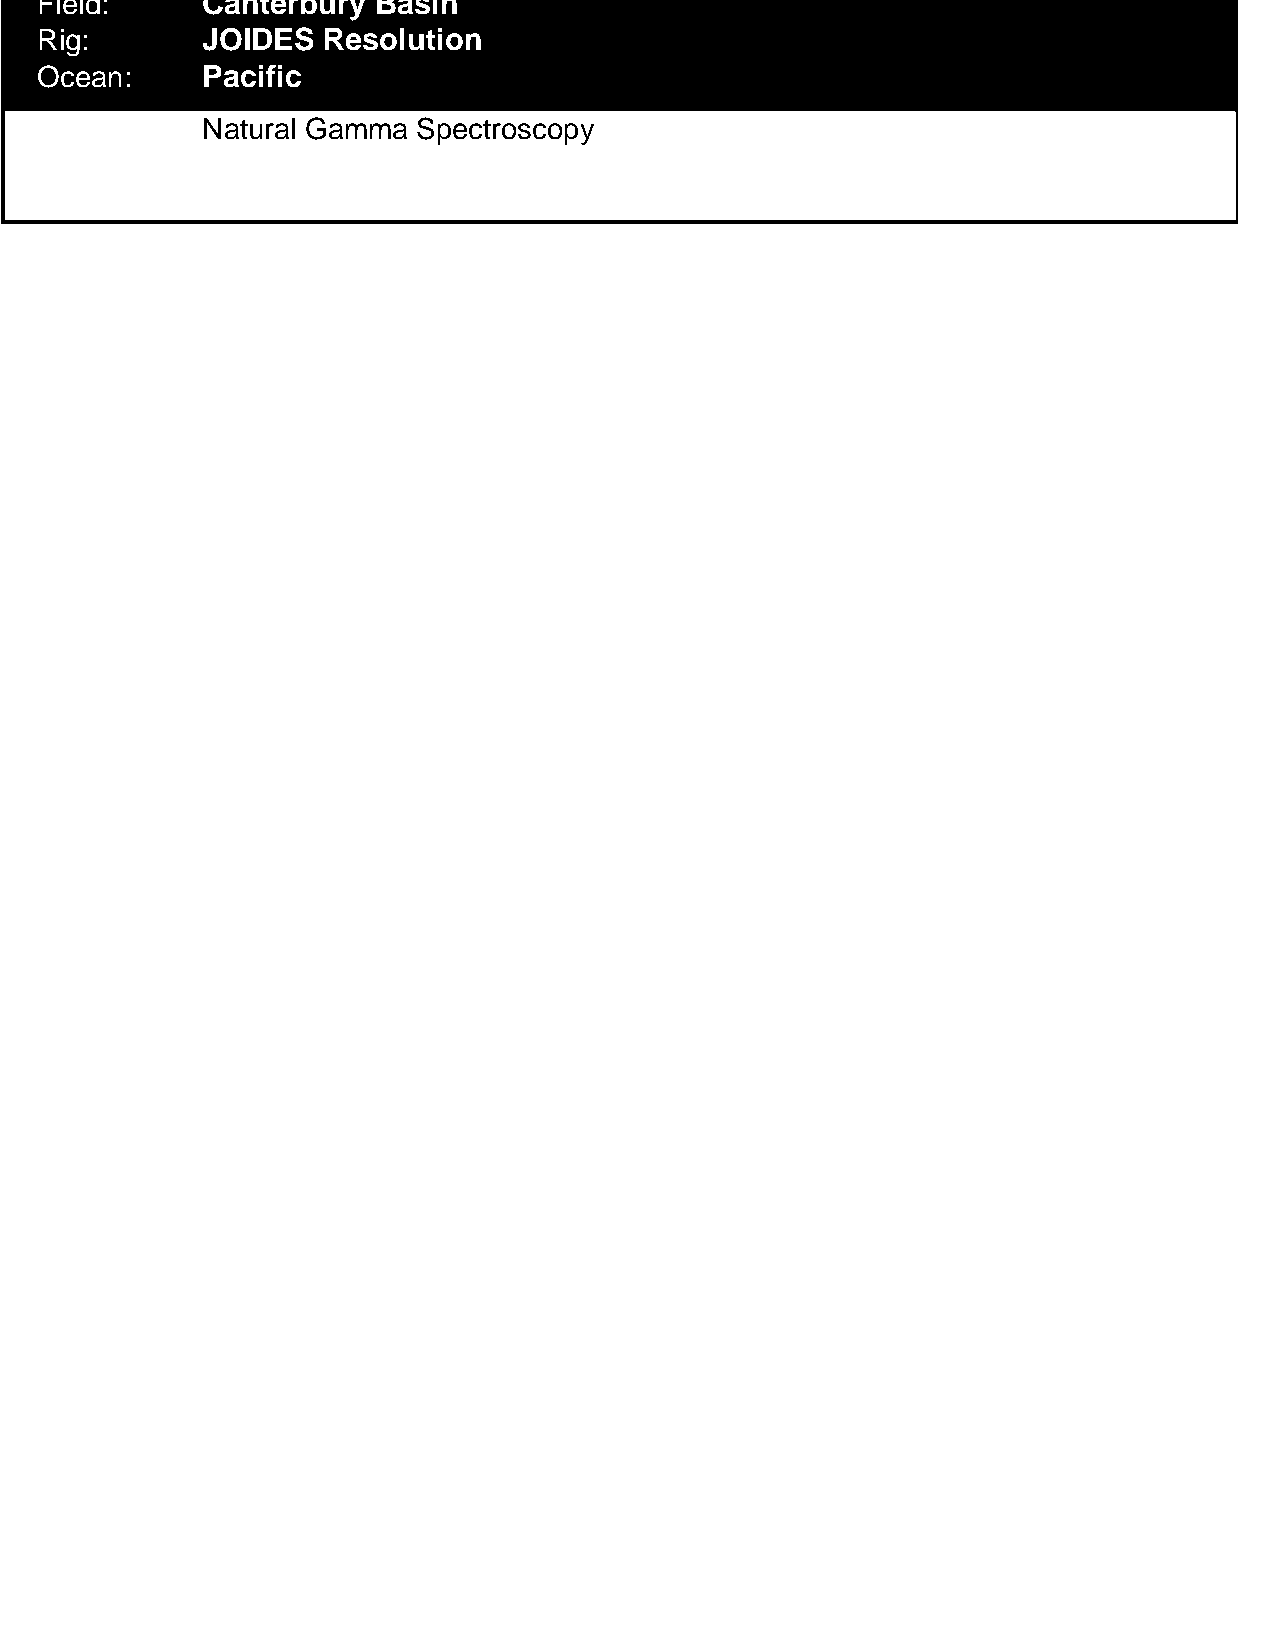
Field:     Canterbury  Basin
 Rig:       JOIDES  Resolution
 Ocean:     Pacific
 Natural Gamma  Spectroscopy